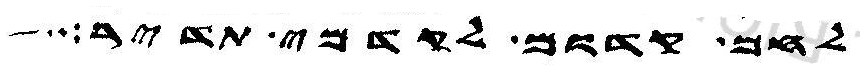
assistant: לחם קדום לקדמי תדיר